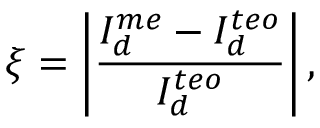
\xi = \left| \frac { I _ { d } ^ { m e } - I _ { d } ^ { t e o } } { I _ { d } ^ { t e o } } \right| ,